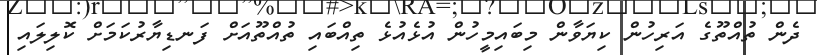
ދެން ތުއްތޫގެ އަރިހުން ކިޔަވާން މިބައިމީހުން އުޅެއުޅެ ތިއްބައި ތުއްތޫއަށް ފަނޑިޔާރުކަމަށް ކޮލިލައި